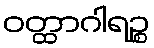
ဝတ္ထာဂါရဉ္စ